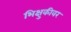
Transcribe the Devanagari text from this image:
भिक्षुकीवर